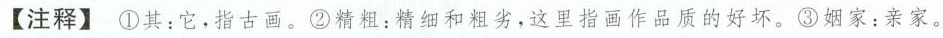
【注释】①其：它，指古画。②精粗：精细和粗劣，这里指画作品质的好坏。③姻家：亲家。